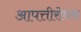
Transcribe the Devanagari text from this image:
आपत्तीरोधक